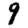
Digit: 9